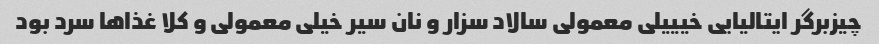
چیزبرگر ایتالیایى خیییلى معمولى سالاد سزار و نان سیر خیلى معمولى و کلا غذاها سرد بود